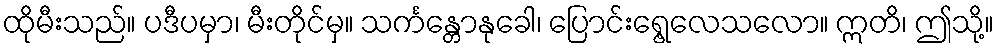
ထိုမီးသည်။ ပဒီပမှာ၊ မီးတိုင်မှ။ သင်္ကန္တောနုခေါ၊ ပြောင်းရွေ့လေသလော။ ဣတိ၊ ဤသို့။